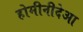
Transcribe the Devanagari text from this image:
होमीनीदेआ